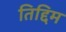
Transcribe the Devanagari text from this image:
तिद्दिम